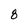
Character: 8